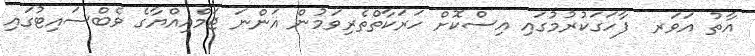
އާތު އަވަރ  ފާހަގަކުރުމުގައި އިސްކޮށް ހަރަކާތްތެރިވަމުން އަންނަ ޖަމްއިއްޔާގެ ވެބްސައިޓުގައި